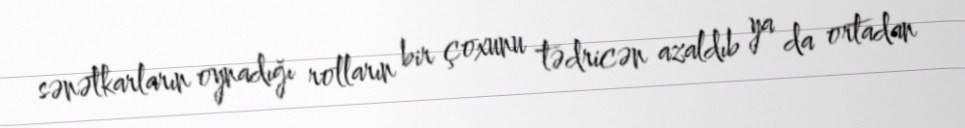
sənətkarların oynadığı rolların bir çoxunu tədricən azaldıb ya da ortadan